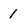
Character: 1